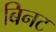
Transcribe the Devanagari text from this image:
बिनट